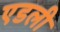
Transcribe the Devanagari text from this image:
एडली